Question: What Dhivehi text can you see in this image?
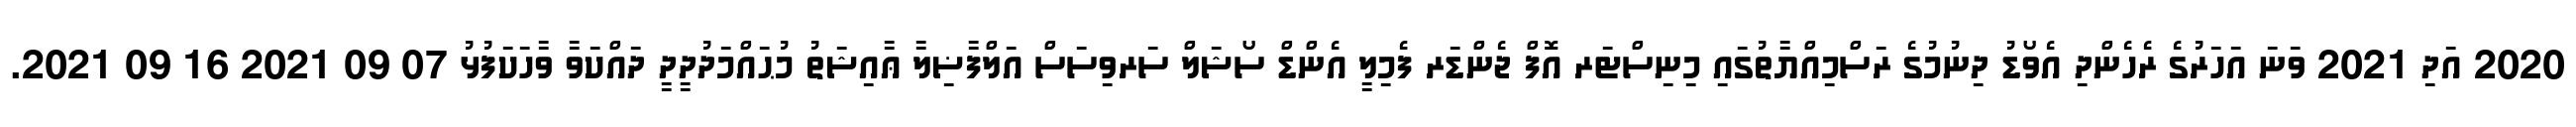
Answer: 2020 އަދި 2021 ވަނަ އަހަރުގެ ރެހެންދި އެވޯޑު ދިނުމުގެ ރަސްމިއްޔާތުގައި މިނިސްޓަރ އޮފް ޖެންޑަރ ފެމިލީ އެންޑް ސޯޝަލް ސަރވިސަސް އަލްފާޟިލާ ޢާއިޝަތު މުޙައްމަދުދީދީ ދައްކަވާ ވާހަކަފުޅު 07 09 2021 16 09 2021.